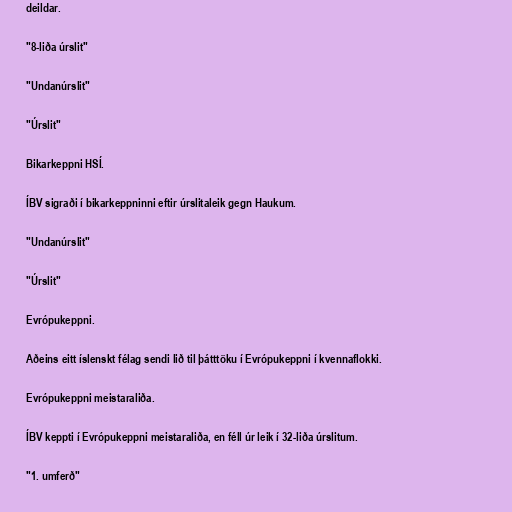
deildar.

"8-liða úrslit"

"Undanúrslit"

"Úrslit"

Bikarkeppni HSÍ.

ÍBV sigraði í bikarkeppninni eftir úrslitaleik gegn Haukum.

"Undanúrslit"

"Úrslit"

Evrópukeppni.

Aðeins eitt íslenskt félag sendi lið til þátttöku í Evrópukeppni í kvennaflokki.

Evrópukeppni meistaraliða.

ÍBV keppti í Evrópukeppni meistaraliða, en féll úr leik í 32-liða úrslitum.

"1. umferð"